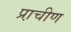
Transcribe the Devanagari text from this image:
प्रा़चीण